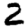
Digit: 2